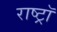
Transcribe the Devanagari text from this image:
राष्ट्रॉ